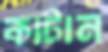
কাটান